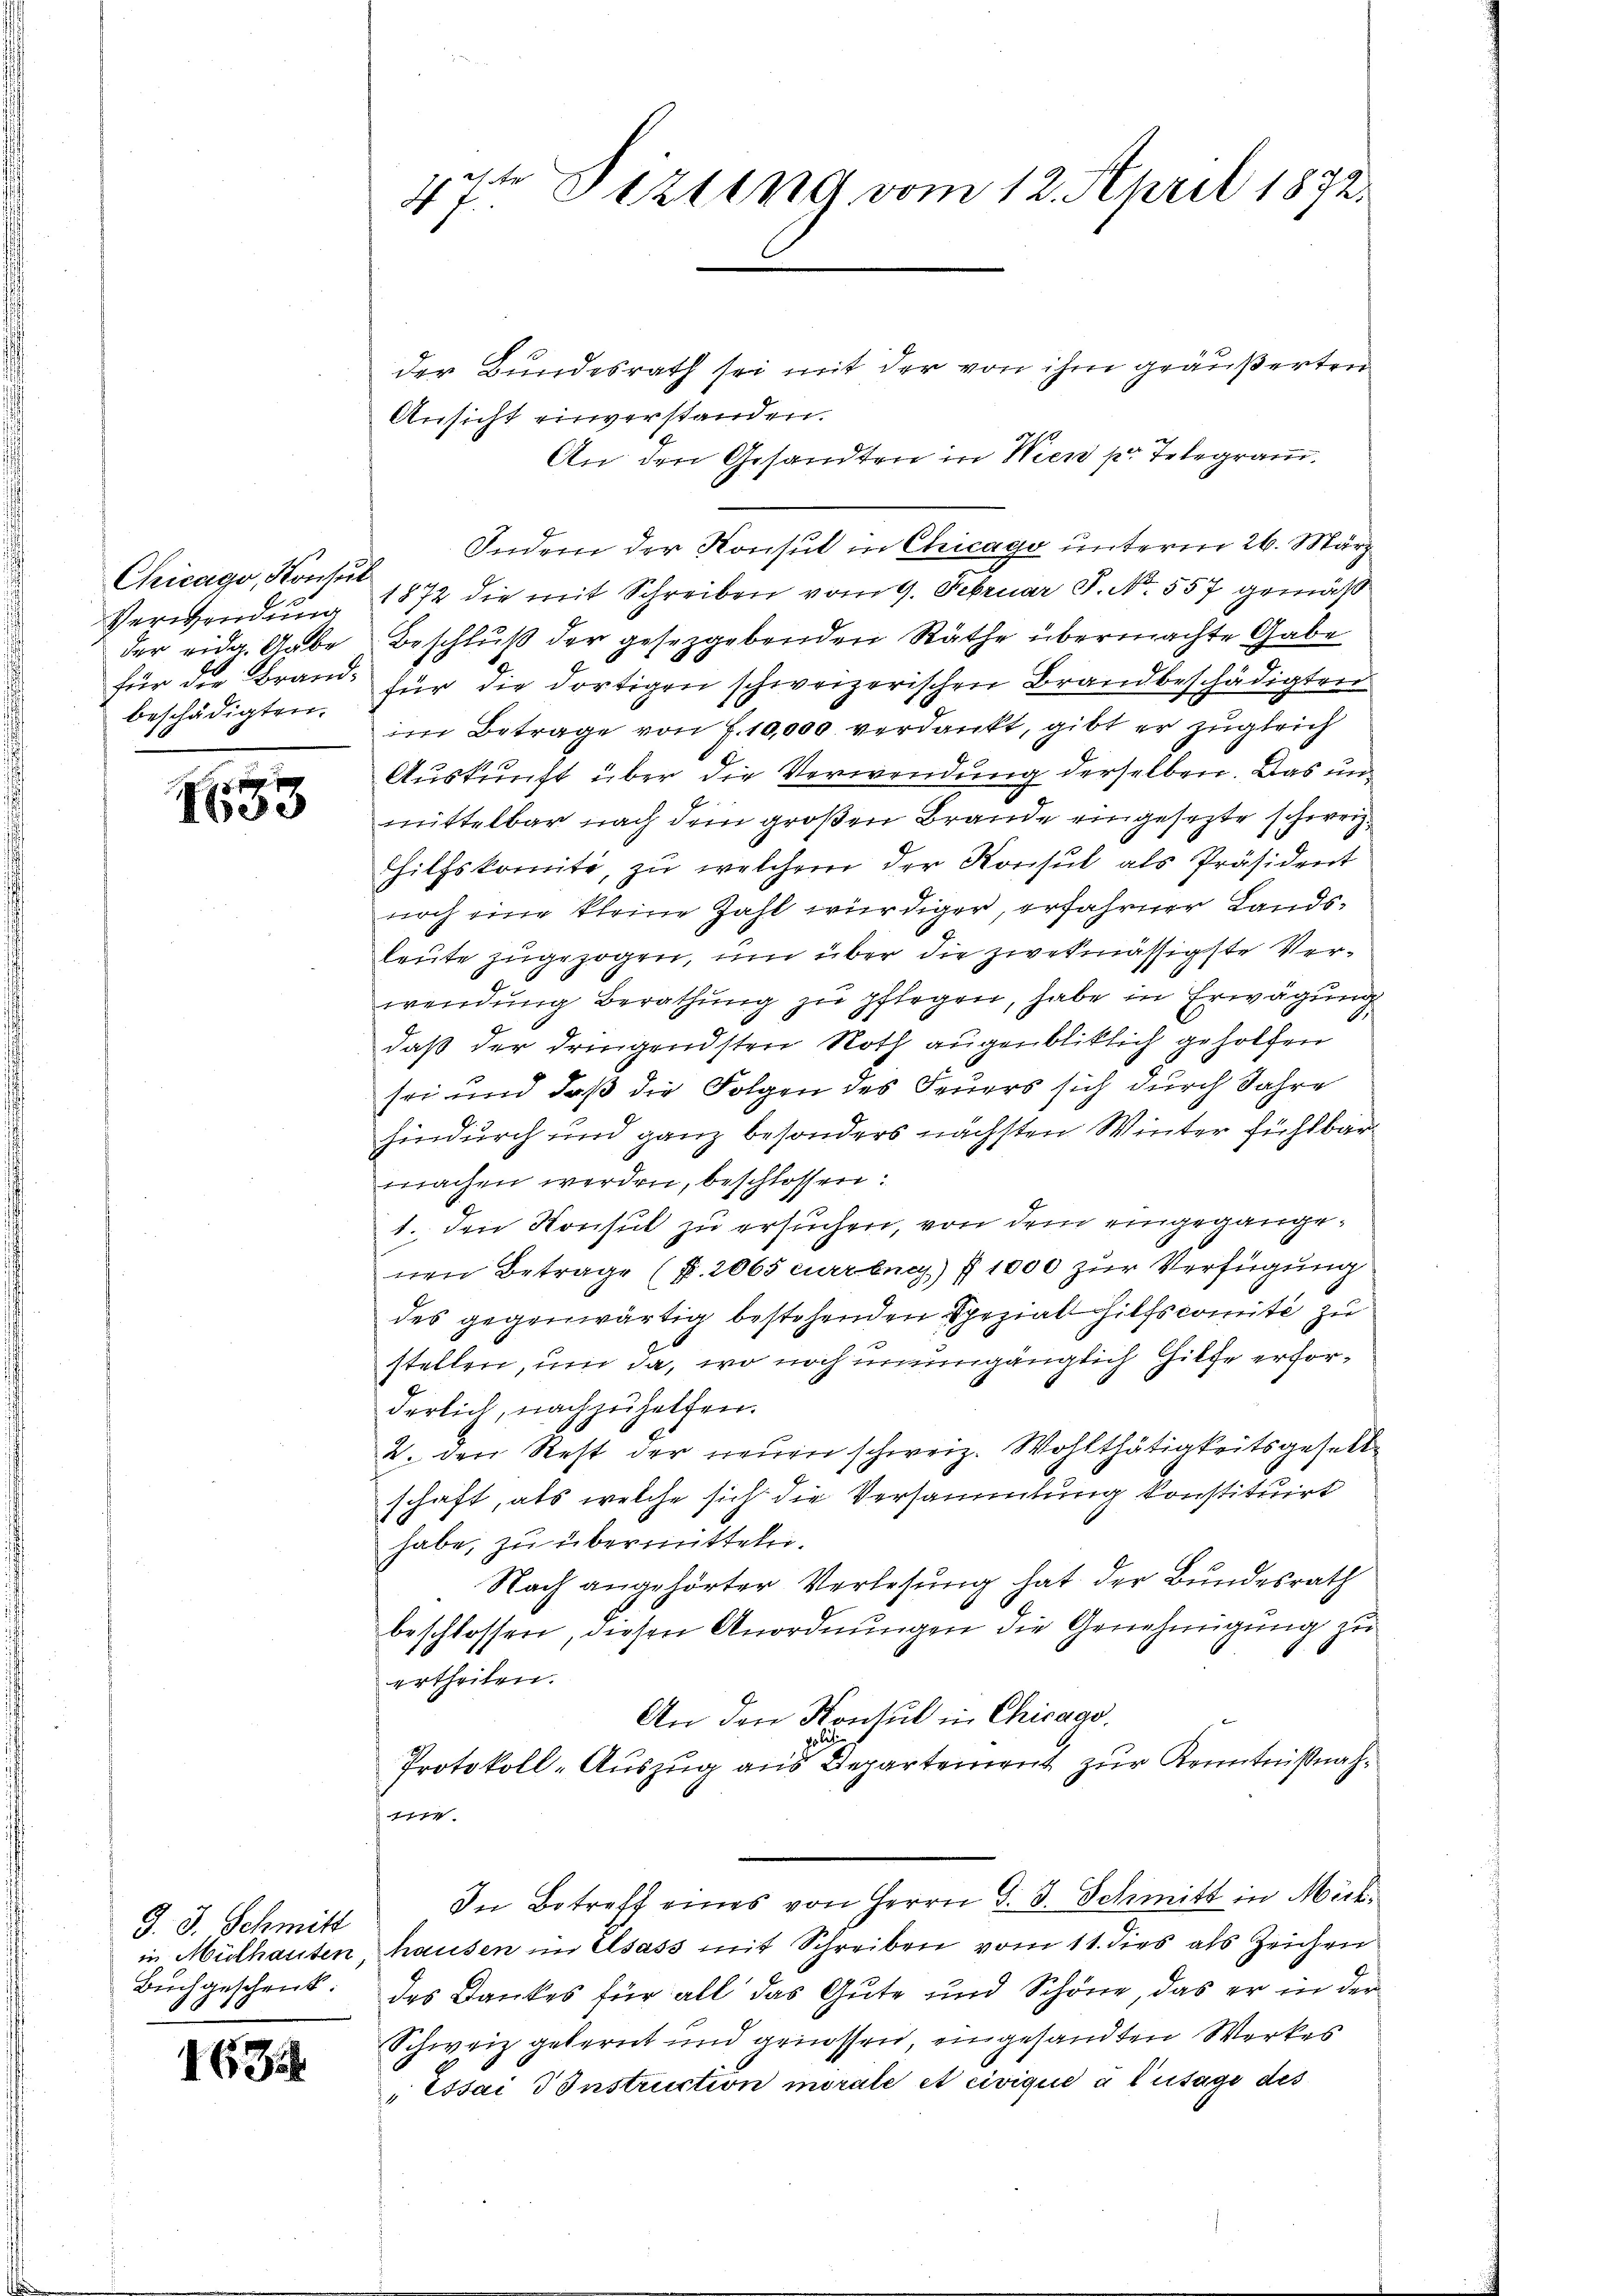
Chicago, Konsul
für die Brandbeschädigten.

33

J. J. Schmitt
Buchgeschenk.

163

47t Sizung vom 12. April 1872.

der Bundesrath sei mit der von ihm geäußerten
Ansicht einverstanden.
An den Gesandten in Wien pr. Telegram.
Indem der Konsul in Chicago unterm 26. März
Verwendung 1872 die mit Schreiben vom 9. Februar J. No. 557 gemäß
der eidg. Gabe Beschluß der gesetzgebenden Räthe übermachte Gabe
für die dortigen schweizerischen Brandbeschädigten
im Betrage von 7. 10,000 verdankt, gibt er zugleich
Auskunft über die Verwendung derselben. Das unmittelbar nach dem großen Brande eingesezte schweiz.
Hilfskomite, zu welchem der Konsul als Präsident
noch eine kleine Zahl würdiger, erfahrner Landsleute zugezogen, um über die zwekmässigste Verwendŭng Berathŭng zu pflegen, habe in Erwägung
daß der dringendsten Noth augenbliklich geholfen
sei und daß die Folgen des Feuers sich durch Jahre
hindurch und ganz besonders nächsten Winter fühlbar
machen werden, beschlossen:
1. den Konsul zu ersuchen, von dem eingegangenen Betrage (S. 2065 curbuch) § 1000 zur Verfügung
des gegenwärtig bestehenden Spezial hilfscomité zu
stellen, um da, wo noch unumgänglich Hilfe erforderlich, nachzuhelfen.
V. den Rest der neuen schweiz. Wohlthätigkeitsgesell
schaft, als welche sich die Versammlung konstituirt
habe, zu übermitteln.
Nach angehörter Verlesung hat der Bundesrath
beschlossen, diesen Anordnungen die Genehmigung zu
ertheilen.
An den Konsul in Chicago
pol.
Protokoll-Auszug aus Departement zur Kenntnißnahane.
In Betreff eines von Herrn d. d. Schmitt in Mich
in Mülhauten hausen im Elsass mit Schreiben vom 11. dies als Zeichen
des Dankes für all das Gute und Schöne, das er in der
Schweiz gelernt und griessen, eingesandten Werkes
Essai IInstruction morale et civique à l’usage des